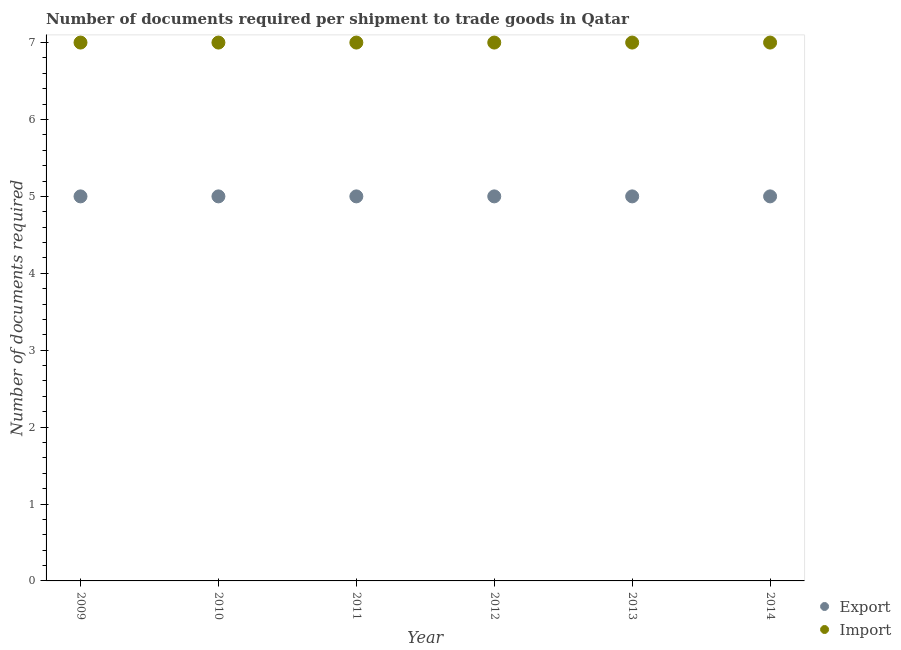
| Year | Export | Import |
 | --- | --- | --- |
 | 2009 | 5 | 7 |
 | 2010 | 5 | 7 |
 | 2011 | 5 | 7 |
 | 2012 | 5 | 7 |
 | 2013 | 5 | 7 |
 | 2014 | 5 | 7 |